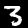
Label: 3